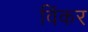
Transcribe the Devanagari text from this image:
विंकर